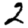
Digit: 2